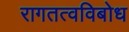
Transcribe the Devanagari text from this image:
रागतत्वविबोध